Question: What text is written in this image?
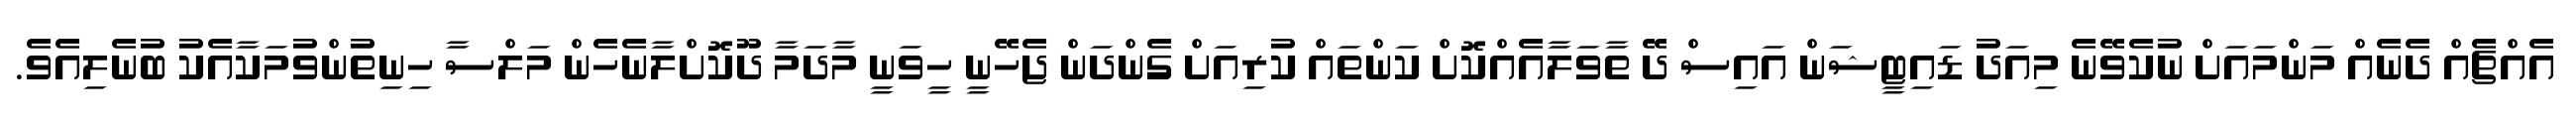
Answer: އެއްޗެއް ދެނެއް މަންމައަށް ނުކެވޭނެ މިއަދު ޑައިޓީޝަން އައިސް ދޭ ތާވަލާއެއްކޮށް ކަންތައް ކުރިއަށް ގެންދަން ޖެހޭނީ ހީވަނީ މާދަމާ ދޫކޮށްލާނެހެން މަލްސާ ހިނިތުންވުމަކާއެކު ބުނެލިއެވެ.